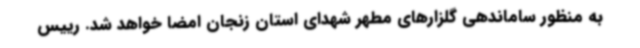
به منظور ساماندهی گلزارهای مطهر شهدای استان زنجان امضا خواهد شد. رییس